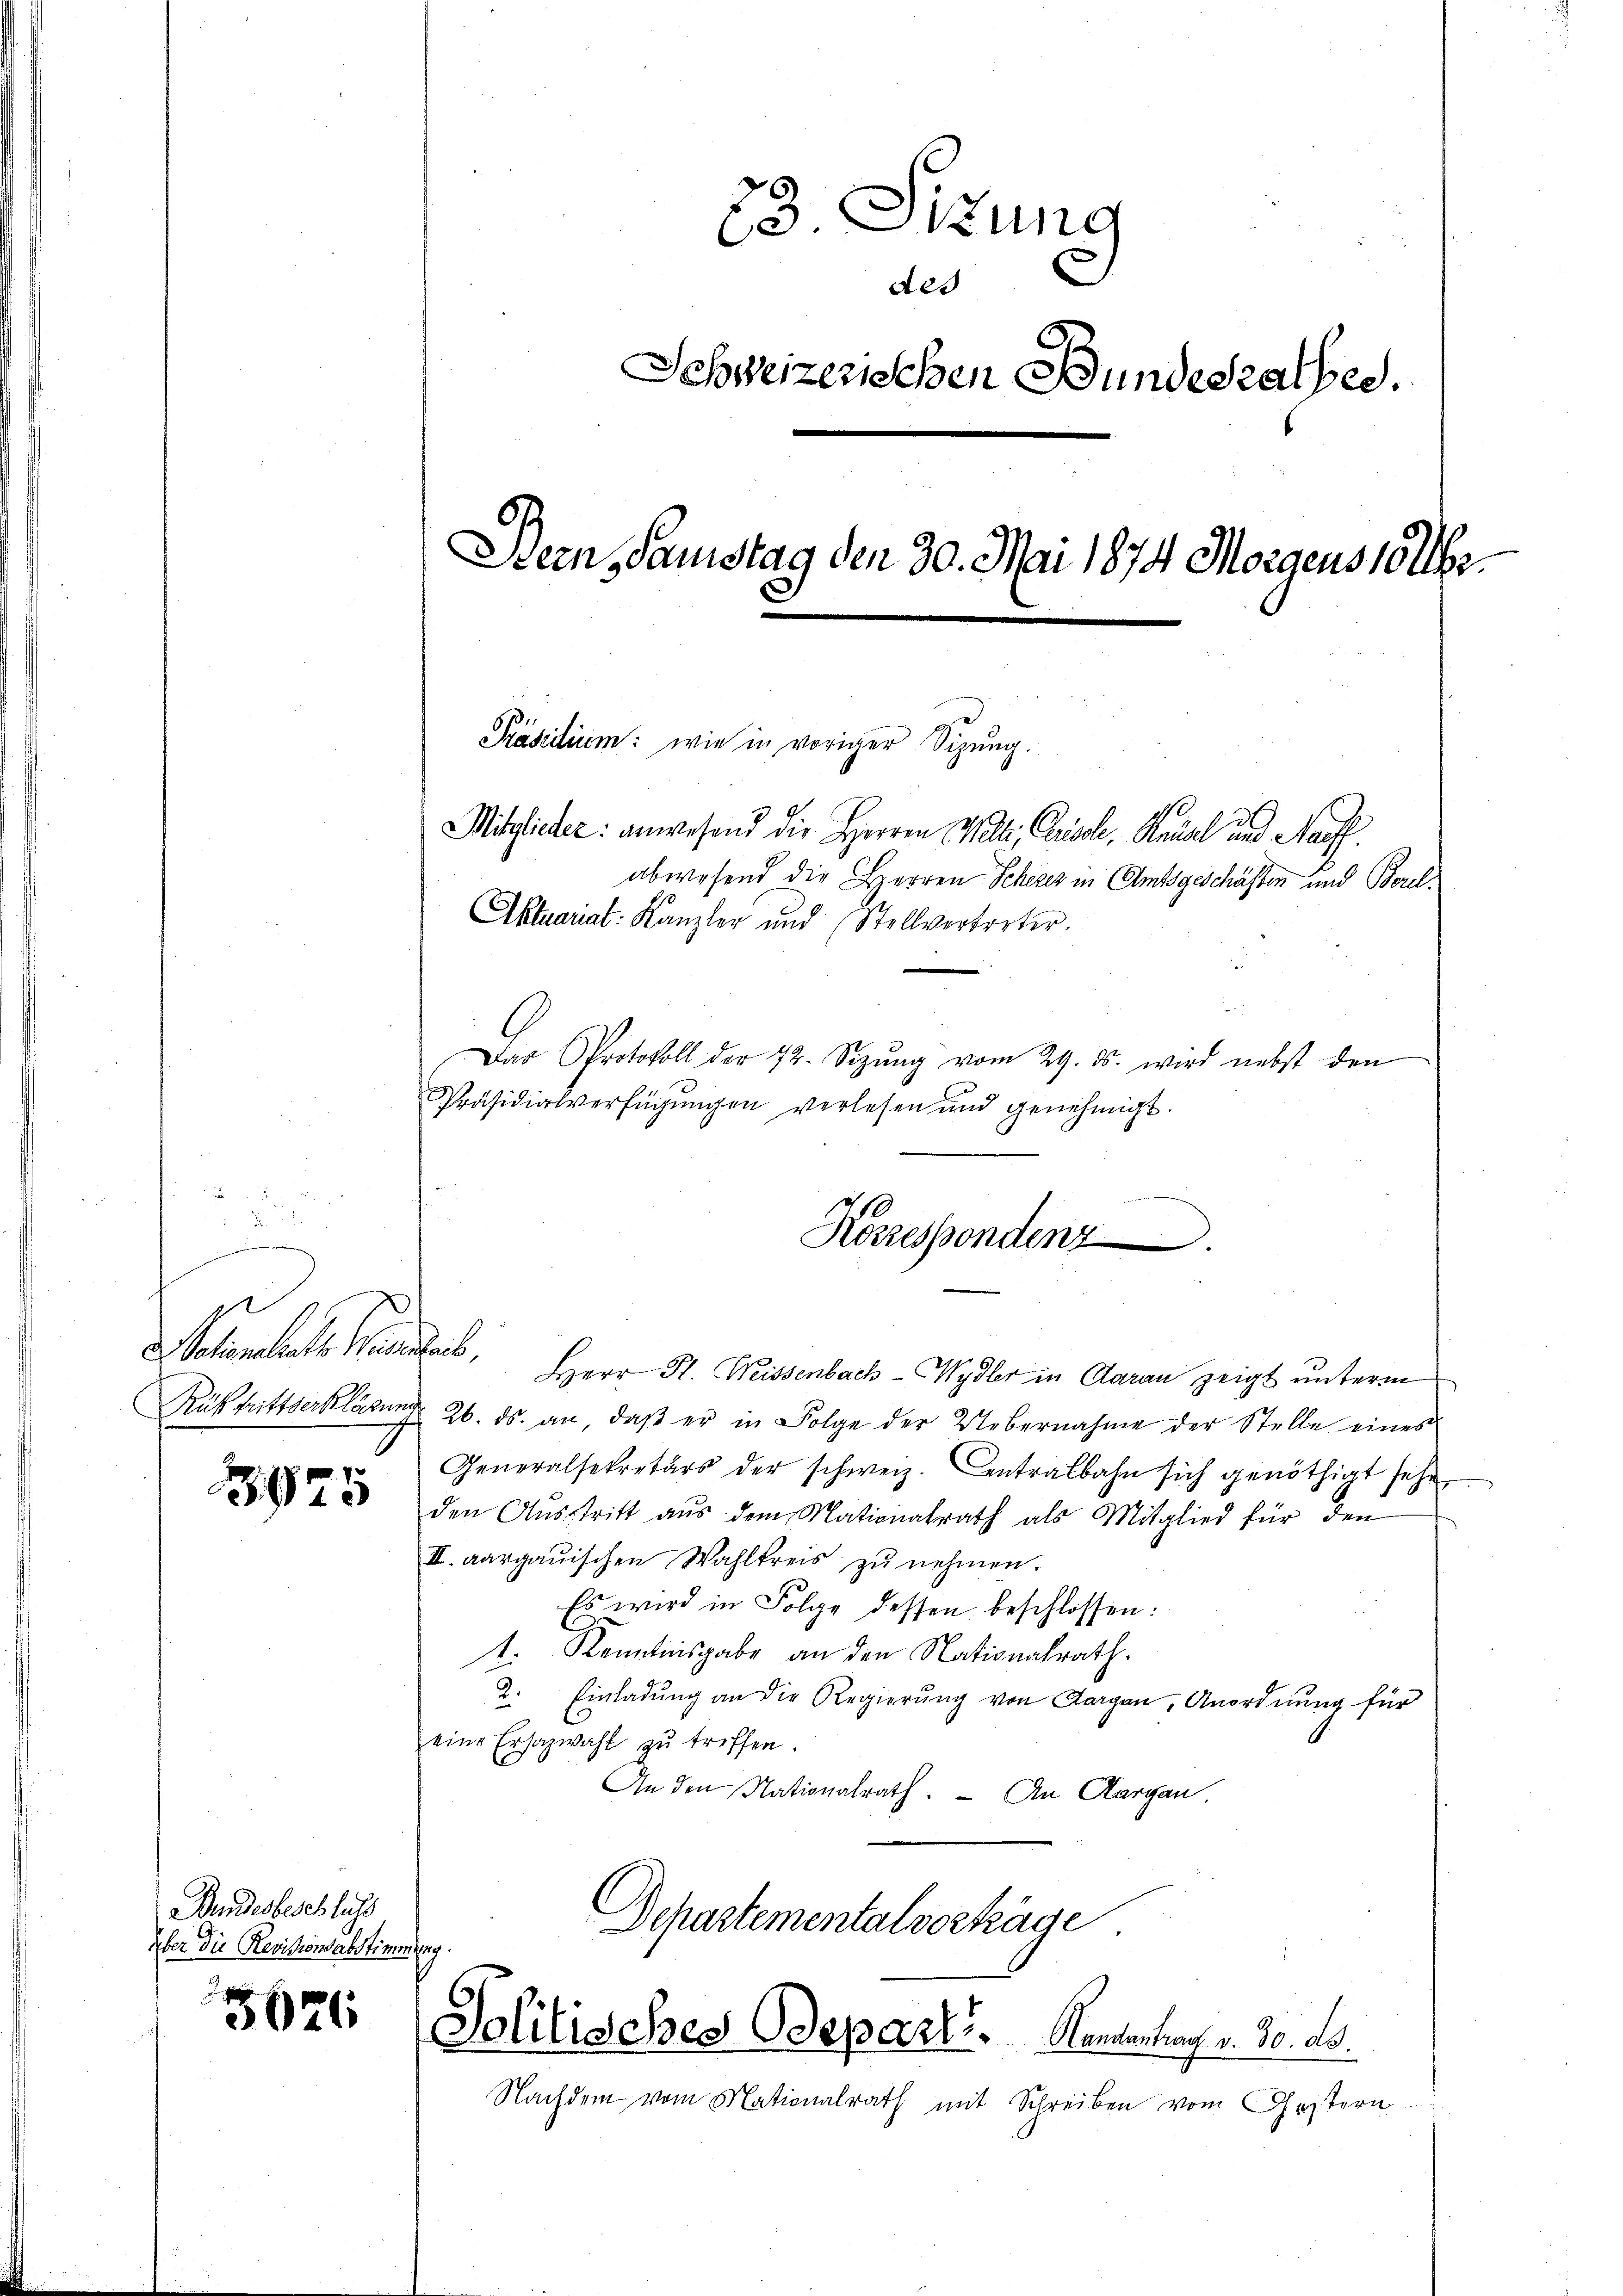
Rüktrittserklärung

3925

Wundesbeschluss
über die Revisionsabstimmung.

5626

23. Sitzung
Aes
Schweizerischen Bundesrathes.
Bern, Samstag den 30. Mai 1874 Morgens solle.

Mitglieder: anwesend die Herren Welti, Causale, Neual und Nauff
abwesend die Herren Scheres in Amtsgeschäften und Borel¬
Aktuariat Kanzler und Stellvertreter.
Das Protokoll der 72. Sizŭng vom 29. ds. wird nebst den
Präsidialverfügungen verlesen und genehmigt.
ationalrats Neuhaus, Herr St. Weissenbach - Wydler in Aarau zeigt unterm
26. ds. an, daβ er in Folge der Uebernahme der Stelle eines
Generalsekretärs der schweiz. Centralbahn sich genöthigt sehe,
den Aŭsstritt aŭs dem Mationalrath als Mitglied für den
II. aargauischen Wahlkreis zŭ nehmen.
Es wird in Folge dessen beschlossen:
1. Kenntnisgabe an den Nationalrath.
2. Einladŭng an die Regierŭng von Aargau, Anordnŭng für
eine Ersazwahl zŭ treffen.
An den Nationalrath. – An Aargau,
Departementalverhäge

Nachdem vom Nationalrath mit Schreiben vom Gestern

Präsidium: wie in voriger Sizung.

Koszsespondenz

Solitisches Odeparte. Namentrag v. 30. ds.